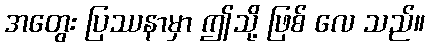
အတွေး ပြဿနာမှာ ဤသို့ ဖြစ် လေ သည်။